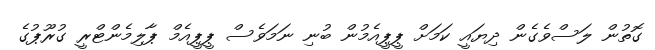
ގޮތުން ލަސްވެގެން ދިޔައީ ކަމަށް ޕީޕީއެމުން ބުނި ނަމަވެސް ޕީޕީއެމް ޕާލިމެންޓްރީ ގުރޫޕުގެ